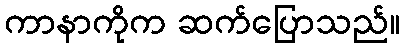
ကာနာကိုက ဆက်ပြောသည်။